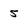
Character: 5